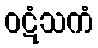
ဝဋံသကံ